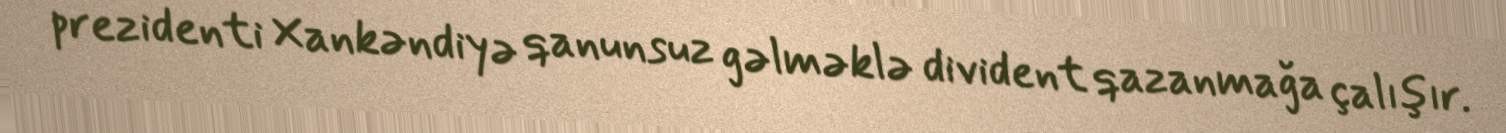
prezidenti Xankəndiyə qanunsuz gəlməklə divident qazanmağa çalışır.